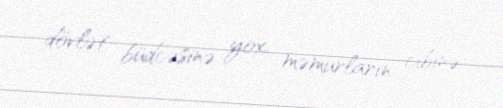
dövlət büdcəsinə yox, məmurların cibinə.